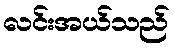
လင်းအယ်သည်